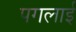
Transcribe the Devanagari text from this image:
पगलाई